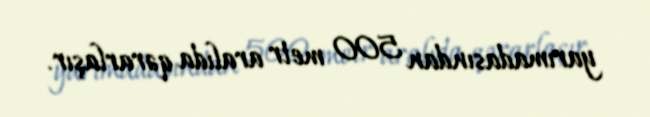
yarımadasından 500 metr aralıda qərarlaşır.